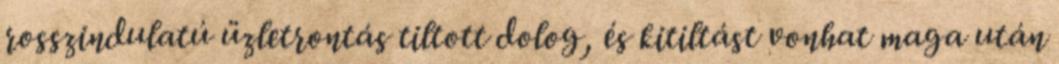
rosszindulatú üzletrontás tiltott dolog, és kitiltást vonhat maga után